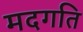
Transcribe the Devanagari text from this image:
मदगति